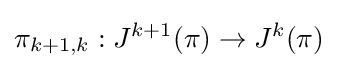
\pi _{k+1,k}:J^{k+1}(\pi )\to J^{k}(\pi )